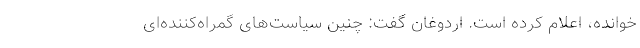
خوانده، اعلام کرده است. اردوغان گفت: چنین سیاست‌های گمراه‌کننده‌ای